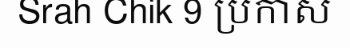
Srah Chik 9 ប្រកាស